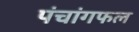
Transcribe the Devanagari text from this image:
पंचांगफल